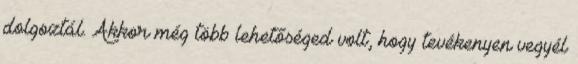
dolgoztál. Akkor még több lehetőséged volt, hogy tevékenyen vegyél